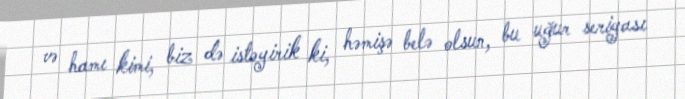
və hamı kimi, biz də istəyirik ki, həmişə belə olsun, bu uğur seriyası